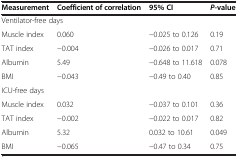
| Measurement | Coefficient of correlation | 95% CI | P-value |
 | --- | --- | --- | --- |
 | <COLSPAN=4> Ventilator-free days |
 | Muscle index | 0.060 | −0.025 to 0.126 | 0.19 |
 | TAT index | −0.004 | −0.026 to 0.017 | 0.71 |
 | Albumin | 5.49 | −0.648 to 11.618 | 0.078 |
 | BMI | −0.043 | −0.49 to 0.40 | 0.85 |
 | <COLSPAN=4> ICU-free days |
 | Muscle index | 0.032 | −0.037 to 0.101 | 0.36 |
 | TAT index | −0.002 | −0.022 to 0.017 | 0.82 |
 | Albumin | 5.32 | 0.032 to 10.61 | 0.049 |
 | BMI | −0.065 | −0.47 to 0.34 | 0.75 |